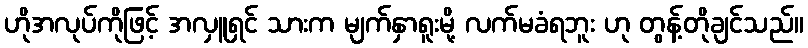
ဟိုအလုပ်ကိုဖြင့် အလှူရှင် သားက မျက်နှာရူးမို့ လက်မခံရဘူး ဟု တွန့်တိုချင်သည်။